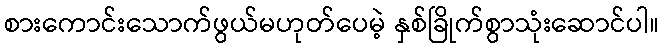
စားကောင်းသောက်ဖွယ်မဟုတ်ပေမဲ့ နှစ်ခြိုက်စွာသုံးဆောင်ပါ။